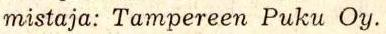
mistaja: Tampereen Puku Oy.